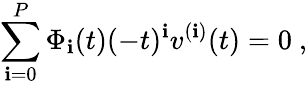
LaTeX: \sum_{\mathbf{i}=0}^{P}\Phi_{\mathbf{i}}(t)(-t)^{\mathbf{i}}v^{(\mathbf{i})}(t)=0\ ,